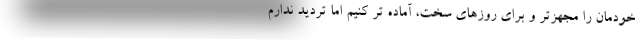
خودمان را مجهزتر و برای روزهای سخت، آماده تر کنیم اما تردید ندارم